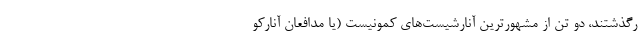
رگذشتند، دو تن از مشهورترین آنارشیست‌های کمونیست (یا مدافعان آنارکو